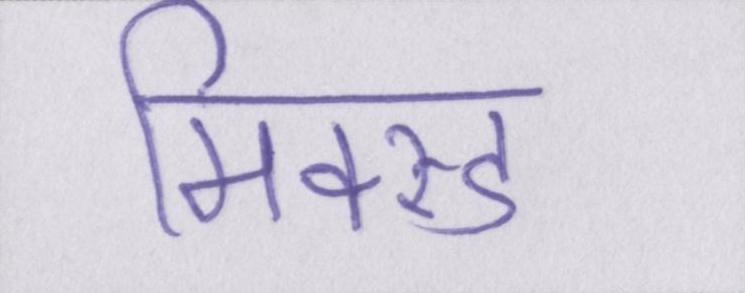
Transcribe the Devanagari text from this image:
मिक्स्ड